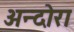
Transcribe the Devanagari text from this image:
अन्दोरा